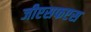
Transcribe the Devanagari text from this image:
जीएसफएस